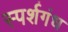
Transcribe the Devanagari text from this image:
स्पर्शगंध